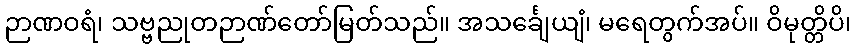
ဉာဏဝရံ၊ သဗ္ဗညုတဉာဏ်တော်မြတ်သည်။ အသင်္ချေယျံ၊ မရေတွက်အပ်။ ဝိမုတ္တိပိ၊